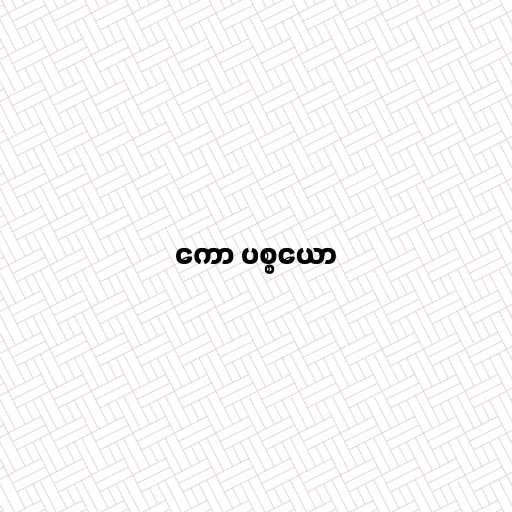
ကော ပစ္စယော